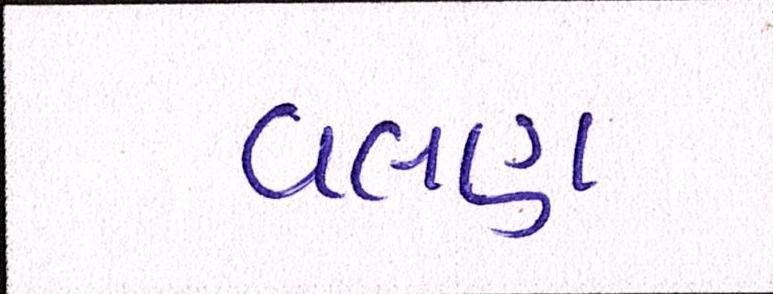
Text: વલણ